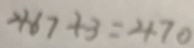
4 6 7 + 3 = 4 7 0